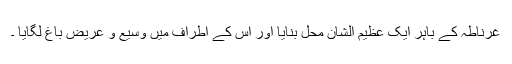
غرناطہ کے باہر ایک عظیمُ الشان محل بنایا اور اُس کے اَطراف میں وسیع و عریض باغ لگایا ۔